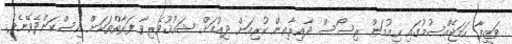
ވަޒީފާ ހަމަޖެއްސުމުގައި ހިއުމަން ރިސޯސް ދާއިރާއިން ކުރިއަށް ދިއުމަށް ޝައުޤުވެރިވާ ފަރާތްތަކަށް އިސްކަންދެވޭނެވެ.